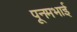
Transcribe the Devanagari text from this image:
पूनमभाई